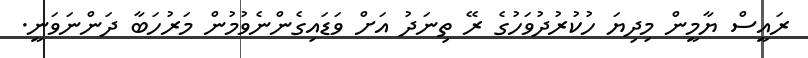
ރައީސް ޔާމީން މިދިޔަ ހުކުރުދުވަހުގެ ރޭ ތިނަދު އަށް ވަޑައިގެންނެވުމުން މަރުހަބާ ދަންނަވަނީ.